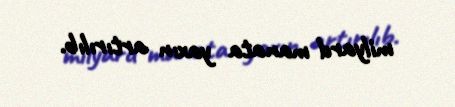
milyard manata yaxın artırılıb.